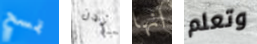
تمسح آيدن انها وتعلم